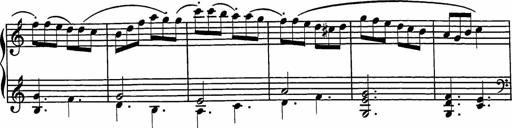
Title: 2 Sonatines
Composer: Richard Zeckwer